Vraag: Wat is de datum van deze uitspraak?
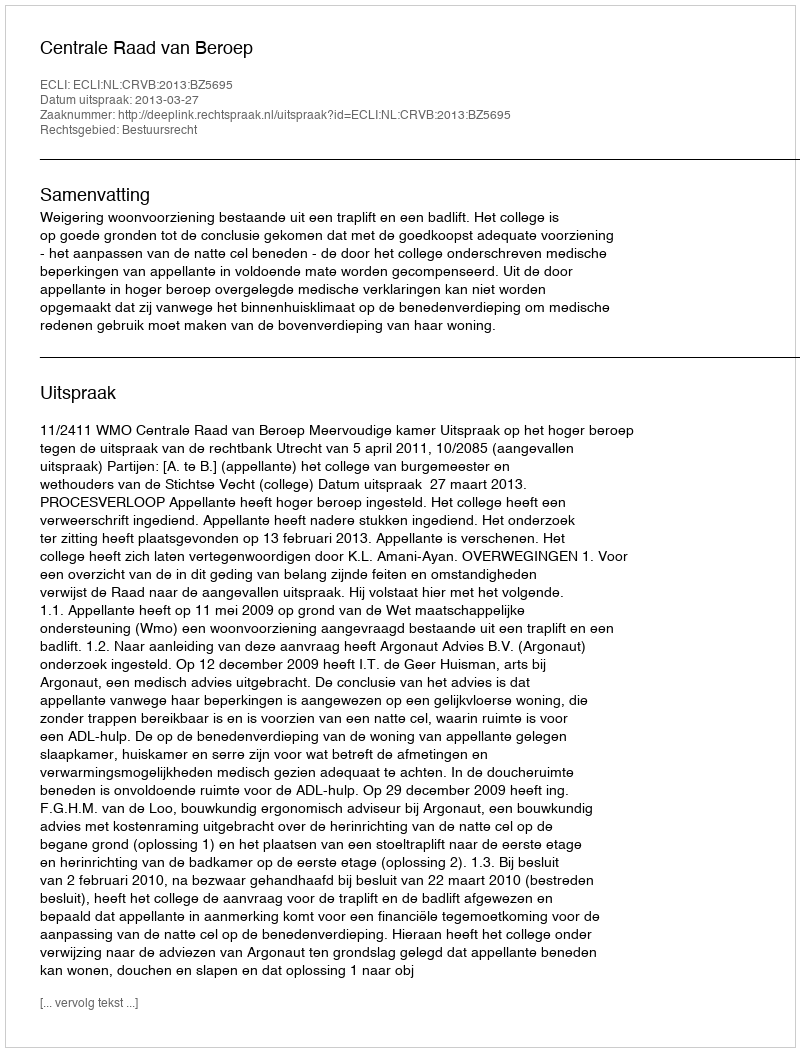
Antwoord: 2013-03-27